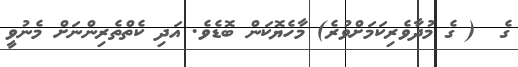
ގެ  ( ގެ މުދާވެރިކަމަށްވުރެ) މާހެޔޮކަން ބޮޑެވެ. އަދި ކެތްތެރިންނަށް މެނުވީ